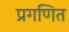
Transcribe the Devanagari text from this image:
प्रगणित